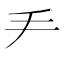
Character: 龵